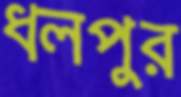
ধলপুর